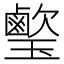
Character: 𤪰